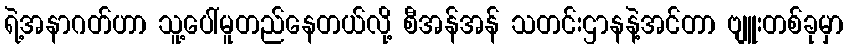
ရဲ့အနာဂတ်ဟာ သူ့ပေါ်မူတည်နေတယ်လို့ စီအန်အန် သတင်းဌာနနဲ့အင်တာ ဗျူးတစ်ခုမှာ